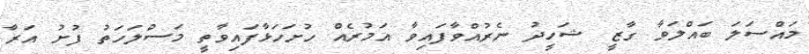
މައްސަލަ ބައްލަވާ ގާޒީ ޝަހީދު ނެރުއްވާފައިވާ އަމުރެއް ހުށަހަޅާފައިވާތީ މަސްލަހަތު ފުށު އަރާ